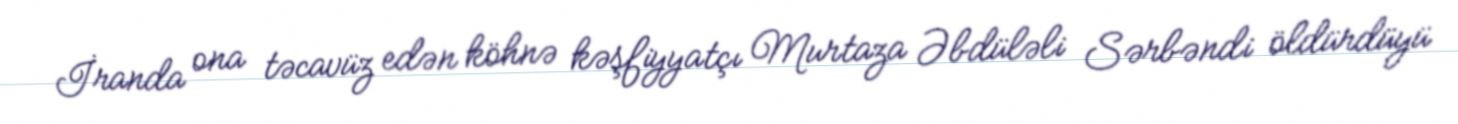
İranda ona təcavüz edən köhnə kəşfiyyatçı Murtaza Əbdüləli Sərbəndi öldürdüyü